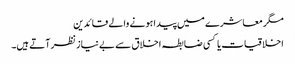
مگر معاشرے میں پیدا ہونے والے قائدین
اخلاقیات یا کسی ضابطہ اخلاق سے بے نیاز نظر آتے ہیں۔